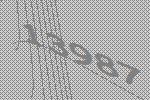
13987